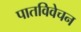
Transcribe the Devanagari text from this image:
पातविवेचन